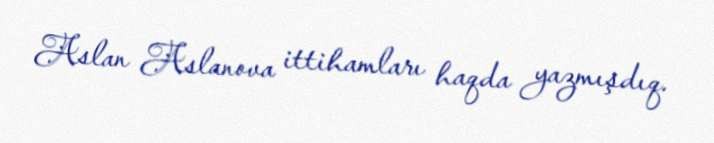
Aslan Aslanova ittihamları haqda yazmışdıq.